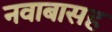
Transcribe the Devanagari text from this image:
नवाबासह